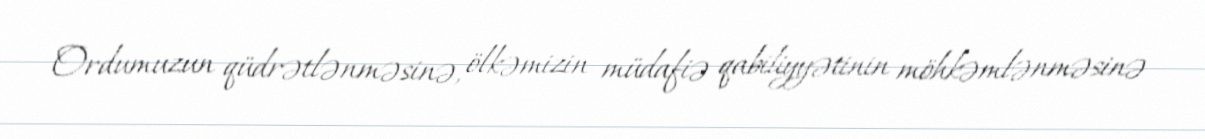
Ordumuzun qüdrətlənməsinə, ölkəmizin müdafiə qabiliyyətinin möhkəmlənməsinə